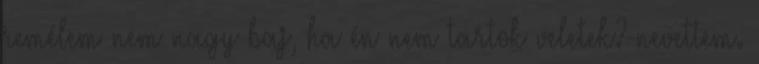
remélem nem nagy baj, ha én nem tartok veletek?-nevettem.